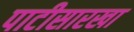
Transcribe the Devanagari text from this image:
पाटीसारखा